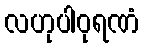
လဟုပါဝုရဏံ